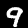
Label: 9